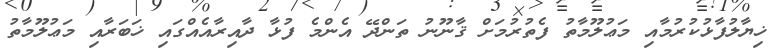
ޚިޔާލުފާޅުކުރުމާއި މަޢުލޫމާތު ފެތުރުމަށް ޤާނޫނު ތަންދޭ އެންމެ ފުޅާ ދާއިރާއެއްގައި ޚަބަރާއި މަޢުލޫމާތު